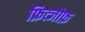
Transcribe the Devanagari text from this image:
फ्रित्जोफ़